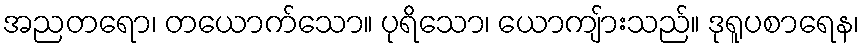
အညတရော၊ တယောက်သော။ ပုရိသော၊ ယောကျ်ားသည်။ ဒုရူပစာရေန၊